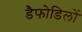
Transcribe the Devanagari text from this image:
डैफोडिलों